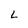
Character: L